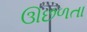
ઊછળતા